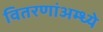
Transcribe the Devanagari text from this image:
वितरणांअम्ध्ये